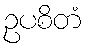
ဥပစိတံ